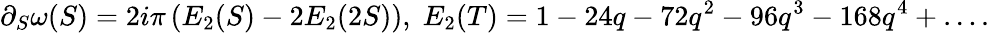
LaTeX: \partial_{S}\omega(S)=2i\pi\left(E_{2}(S)-2E_{2}(2S)\right),\; E_{2}(T)=1-24q-72q^{2}-96q^{3}-168q^{4}+\dots.